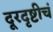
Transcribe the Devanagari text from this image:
दूरदृष्टीचं